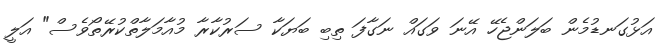
އަޅުގަނޑުމެން ބަލަންޖެހޭ އޭނަ ވަގައް ނަގާފަ ތިބި ބަޔަކާ ސަރުކާރާ މުއާމަލާތްކުރޭތޯވެސް" އަލީ